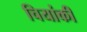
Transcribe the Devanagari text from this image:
चियांकी